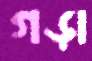
গড়া